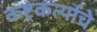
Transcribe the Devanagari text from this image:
कष्टकर्त्याचे